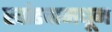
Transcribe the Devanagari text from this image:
खांडवामधून